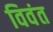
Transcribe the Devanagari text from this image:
विवंत